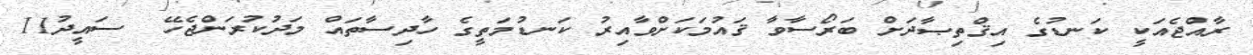
ރާއްޖެއަކީ ކަނޑުގެ އިޤްތިޞާދަށް ބަރޯސާވާ ޤައުމަކަށްވާއިރު ކަނޑުމަތީގެ ހާދިސާތައް މަދުކުރަންޖެހޭ  ސައީދު11